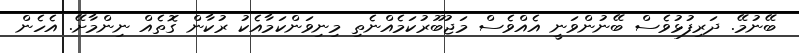
ބޭނުމޭ. ދަރިފުޅުވެސް ބޭނުންވަނީ އެއްވެސް މަޖުބޫރުކަމެއްނެތި މިނިވަންކަމާއެކު ރުކާން ގޮތެއް ނިންމާށޭ. އެހެން